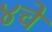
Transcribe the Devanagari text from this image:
४चे